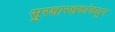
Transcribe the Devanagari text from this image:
सुरक्षारक्षकांकडून